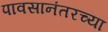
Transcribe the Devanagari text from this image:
पावसानंतरच्या